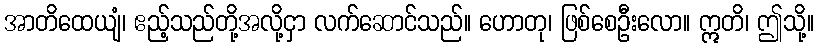
အာတိထေယျံ၊ ဧည့်သည်တို့အလို့ငှာ လက်ဆောင်သည်။ ဟောတု၊ ဖြစ်စေဦးလော။ ဣတိ၊ ဤသို့။